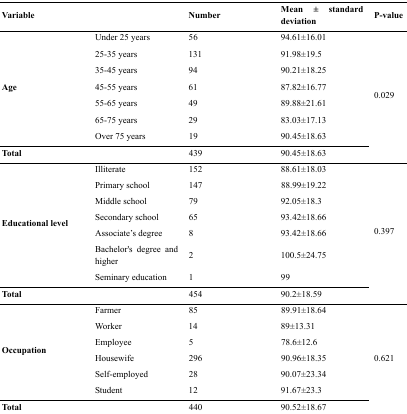
<table><thead><tr><td colspan="2"><b>Variable</b></td><td><b>Number</b></td><td><b>Mean ± standard deviation</b></td><td><b>P-value</b></td></tr></thead><tbody><tr><td rowspan="7"><b>Age</b></td><td>Under 25 years</td><td>56</td><td>94.61±16.01</td><td rowspan="7">0.029</td></tr><tr><td>25-35 years</td><td>131</td><td>91.98±19.5</td></tr><tr><td>35-45 years</td><td>94</td><td>90.21±18.25</td></tr><tr><td>45-55 years</td><td>61</td><td>87.82±16.77</td></tr><tr><td>55-65 years</td><td>49</td><td>89.88±21.61</td></tr><tr><td>65-75 years</td><td>29</td><td>83.03±17.13</td></tr><tr><td>Over 75 years</td><td>19</td><td>90.45±18.63</td></tr><tr><td><b>Total</b></td><td></td><td>439</td><td>90.45±18.63</td><td></td></tr><tr><td rowspan="7"><b>Educational level</b></td><td>Illiterate</td><td>152</td><td>88.61±18.03</td><td rowspan="7">0.397</td></tr><tr><td>Primary school</td><td>147</td><td>88.99±19.22</td></tr><tr><td>Middle school</td><td>79</td><td>92.05±18.3</td></tr><tr><td>Secondary school</td><td>65</td><td>93.42±18.66</td></tr><tr><td>Associate’s degree</td><td>8</td><td>93.42±18.66</td></tr><tr><td>Bachelor’s degree and higher</td><td>2</td><td>100.5±24.75</td></tr><tr><td>Seminary education</td><td>1</td><td>99</td></tr><tr><td><b>Total</b></td><td></td><td>454</td><td>90.2±18.59</td></tr><tr><td rowspan="6">Occupation</td><td>Farmer</td><td>85</td><td>89.91±18.64</td><td rowspan="6">0.621</td></tr><tr><td>Worker</td><td>14</td><td>89±13.31</td></tr><tr><td>Employee</td><td>5</td><td>78.6±12.6</td></tr><tr><td>Housewife</td><td>296</td><td>90.96±18.35</td></tr><tr><td>Self-employed</td><td>28</td><td>90.07±23.34</td></tr><tr><td>Student</td><td>12</td><td>91.67±23.3</td></tr><tr><td><b>Total</b></td><td></td><td>440</td><td>90.52±18.67</td></tr></tbody></table>